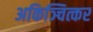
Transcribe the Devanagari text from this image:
अकिञ्चित्कर